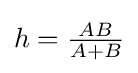
h={\tfrac {AB}{A+B}}